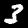
Digit: 3